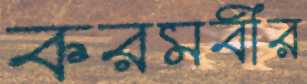
করমবীর